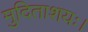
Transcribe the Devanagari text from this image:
मुदिताशयः।